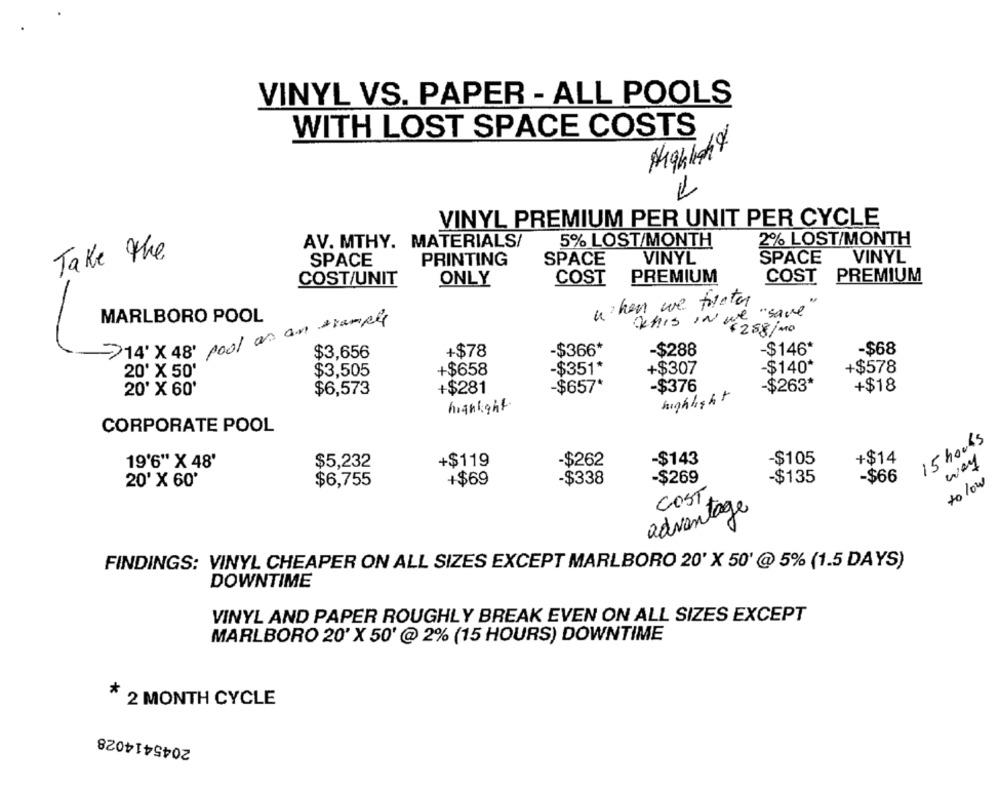
VINYL VS. PAPER - ALL POOLS
WITH LOST SPACE COSTS
Highhaft
1
VINYL PREMIUM PER UNIT PER CYCLE
AV. MTHY. MATERIALS/
5% LOST/MONTH
2% LOST/MONTH
Take the
SPACE
VINYL
SPACE
VINYL
SPACE
PRINTING
COST PREMIUM
COST/UNIT
ONLY
COST
PREMIUM
when we treter
" save
MARLBORO POOL
->14' × 48' pool as an trample
AIS IN vizsgino
-$146*
$3,656
+$78
-$366*
-$288
-$68
20' X 50'
$3,505
+$658
-$351*
+$307
-$140*
+$578
+$281
$657*
-$376
-$263*
+$18
20' X 60'
$6,573
highlight
highlight
CORPORATE POOL
15 hours
-$143
-$105
+$14
way
19'6" X 48'
$5,232
+$119
-$262
-$269
20' X 60'
$6,755
+$69
$338
-$135
-$66
to low
COST
advantage
FINDINGS: VINYL CHEAPER ON ALL SIZES EXCEPT MARLBORO 20' X 50' @ 5% (1.5 DAYS)
DOWNTIME
VINYL AND PAPER ROUGHLY BREAK EVEN ON ALL SIZES EXCEPT
MARLBORO 20' X 50' @ 2% (15 HOURS) DOWNTIME
*
2 MONTH CYCLE
2045414028